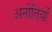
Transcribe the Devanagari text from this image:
अनीतियों